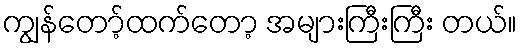
ကျွန်တော့်ထက်တော့ အများကြီးကြီး တယ်။